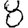
Digit: 8